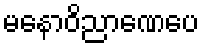
မနောဝိညာဏေပေ